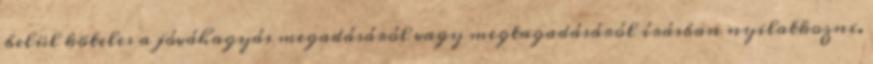
belül köteles a jóváhagyás megadásáról vagy megtagadásáról írásban nyilatkozni.